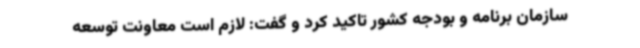
سازمان برنامه و بودجه کشور تاکید کرد و گفت: لازم است معاونت توسعه